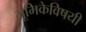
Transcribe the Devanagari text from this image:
भूमिकेविषयी